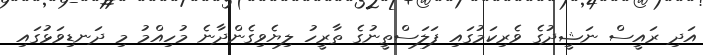
އަދި ރައީސް ނަޝީދުގެ ވެރިކަމުގައި ފަލަސްތީނުގެ ތާރީހު ލިޔެވިގެންދާނެ މުހިއްމު މި ދަނޑިވަޅުގައި